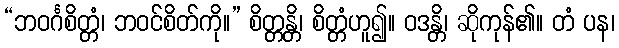
“ဘဝင်္ဂစိတ္တံ၊ ဘဝင်စိတ်ကို။” စိတ္တန္တိ၊ စိတ္တံဟူ၍။ ဝဒန္တိ၊ ဆိုကုန်၏။ တံ ပန၊